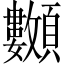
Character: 𩖅